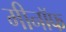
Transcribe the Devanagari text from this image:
मीनॉफ